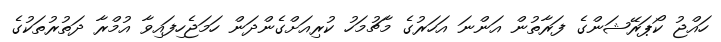
ހައްޖު ކޯޕަރޭޝަންގެ ފަރާތުން އަންނަ އަހަރުގެ މާޗުމަހު ކުރިއަށްގެންދަން ހަމަޖެހިފައިވާ އުމްރާ ދަތުރުތަކުގެ